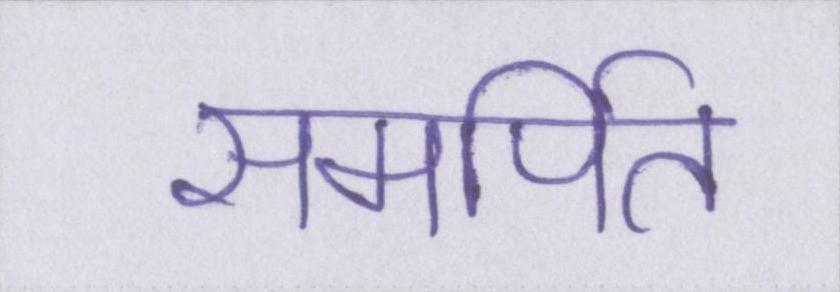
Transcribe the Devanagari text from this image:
समर्पित